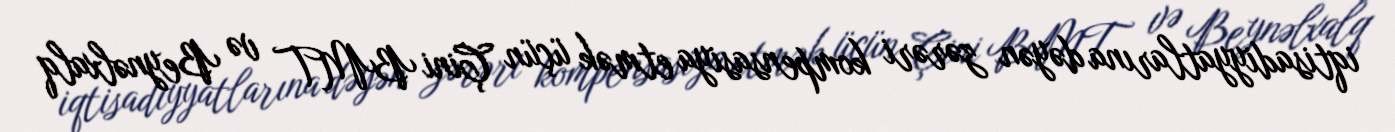
iqtisadiyyatlarına dəyən zərəri kompensasiya etmək üçün Çini BMT və Beynəlxalq